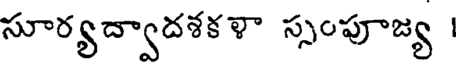
సూర్యద్వాదశకళా స్సంపూజ్య